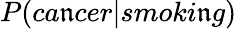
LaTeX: P(ca\mathfrak{n}cer|smoki\mathfrak{n}g)